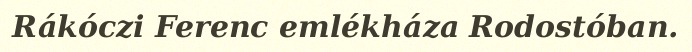
Rákóczi Ferenc emlékháza Rodostóban.